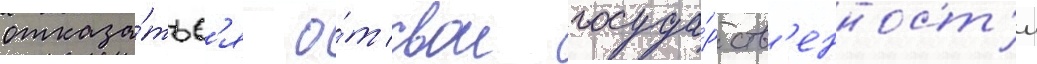
отказа́тьс'я о́т свои госуда́рств'енност'и